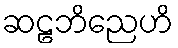
ဆဠဘိညေဟိ